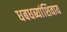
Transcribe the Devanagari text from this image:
धबधब्यांशिवाय